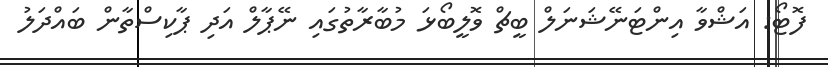
ފޮޓޯ: އަޝްވާ އިންޓަނޭޝަނަލް ބީޗް ވޮލީބޯޅަ މުބާރާތުގައި ނޭޕާލް އަދި ޕާކިސްތާން ބައްދަލު